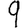
Digit: 9